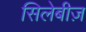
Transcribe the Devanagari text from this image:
सिलेबीज़